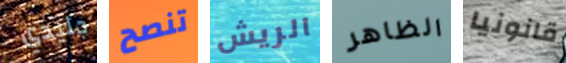
جليدي تنصح الريش الظاهر قانونيا